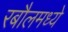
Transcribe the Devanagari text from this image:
रबौलमध्ये